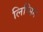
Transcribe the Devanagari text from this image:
लिप्सिग